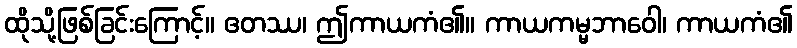
ထိုသို့ဖြစ်ခြင်းကြောင့်။ ဧတဿ၊ ဤကာယကံ၏။ ကာယကမ္မဘာဝေါ၊ ကာယကံ၏